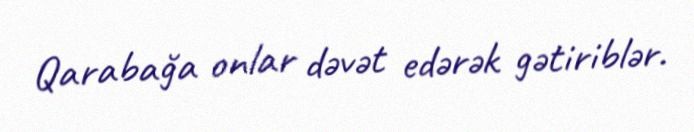
Qarabağa onlar dəvət edərək gətiriblər.